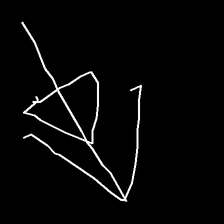
Glyph: pull